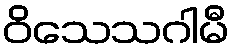
ဝိသေသဂါမီ